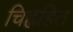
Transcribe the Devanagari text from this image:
चिह्नहित